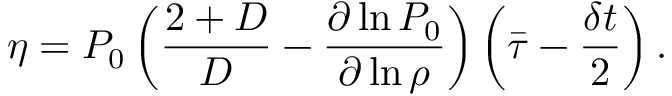
\eta = P _ { 0 } \left( \frac { 2 + D } { D } - \frac { \partial \ln P _ { 0 } } { \partial \ln \rho } \right) \left( \bar { \tau } - \frac { \delta t } { 2 } \right) .